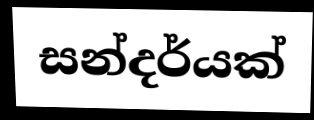
සන්දර්යක්